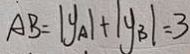
A B = \vert y _ { A } \vert + \vert y _ { B } \vert = 3